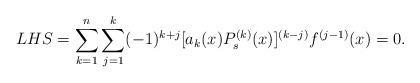
LaTeX: \begin{align*}LHS&=\sum_{k=1}^n\sum_{j=1}^k(-1)^{k+j}[a_k(x)P_s^{(k)}(x)]^{(k-j)}f^{(j-1)}(x)=0.\end{align*}